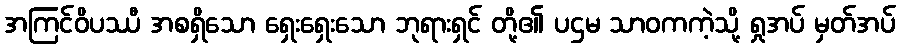
အကြင်ဝိပဿီ အစရှိသော ရှေးရှေးသော ဘုရားရှင် တို့၏ ပဌမ သာဝကကဲ့သို့ ရှုအပ် မှတ်အပ်